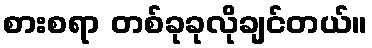
စားစရာ တစ်ခုခုလိုချင်တယ်။